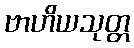
ဗာဟိယသုတ္တ